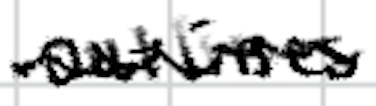
Text: outlines
Cross-out: mix
Writing tool: digital_black